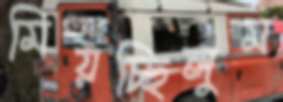
মিয়চ্ছিলুম